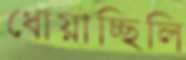
ধোয়াচ্ছিলি